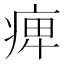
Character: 𤷒